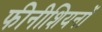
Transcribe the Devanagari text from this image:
फीनीशियनों